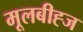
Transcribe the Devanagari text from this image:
मूलबीह्ज